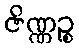
ဇိဏ္ဏဉ္စ